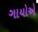
ગાયોએ